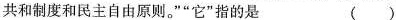
共和制度和民主自由原则。””它”指的是 ( )